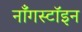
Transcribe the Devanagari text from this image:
नॉँगस्टॉइन